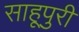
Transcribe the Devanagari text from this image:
साहूपुरी